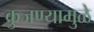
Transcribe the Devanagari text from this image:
कुजण्यामुळे